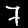
Label: 7